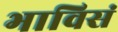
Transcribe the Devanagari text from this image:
भाविसं